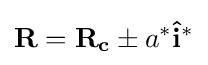
\mathbf {R} =\mathbf {R_{c}} \pm a^{*}\mathbf {\hat {i}} ^{*}